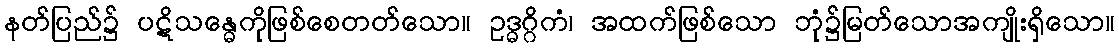
နတ်ပြည်၌ ပဋိသန္ဓေကိုဖြစ်စေတတ်သော။ ဥဒ္ဓဂ္ဂိကံ၊ အထက်ဖြစ်သော ဘုံ၌မြတ်သောအကျိုးရှိသော။